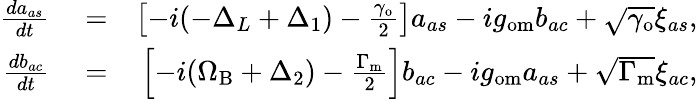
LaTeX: \begin{array}{rlr}{\frac{da_{as}}{dt}}&{{}=}&{\left[-i(-\Delta_{L}+\Delta_{1})-\frac{\gamma_{\mathrm{o}}}{2}\right]a_{as}-ig_{\mathrm{om}}b_{ac}+\sqrt{\gamma_{\mathrm{o}}}\xi_{as},}\\ {\frac{db_{ac}}{dt}}&{{}=}&{\left[-i(\Omega_{\mathrm{B}}+\Delta_{2})-\frac{\Gamma_{\mathrm{m}}}{2}\right]b_{ac}-ig_{\mathrm{om}}a_{as}+\sqrt{\Gamma_{\mathrm{m}}}\xi_{ac},}\end{array}